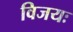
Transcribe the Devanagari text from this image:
विजयः